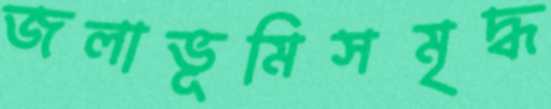
জলাভূমিসমৃদ্ধ